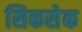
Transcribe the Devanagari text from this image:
सिकसेक